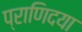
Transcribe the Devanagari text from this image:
प्राणिदया